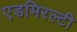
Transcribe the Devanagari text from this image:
एडमिरल्‍टी